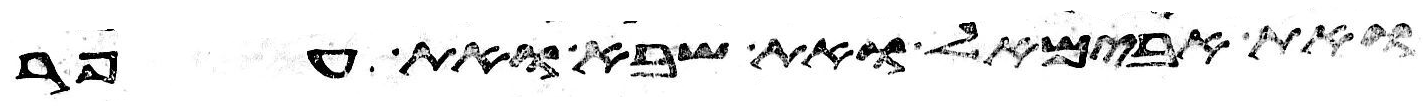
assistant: ואת אבימאל ואת שבא ואת אפר